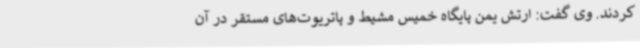
کردند. وی گفت: ارتش یمن پایگاه خمیس مشیط و پاتریوت‌های مستقر در آن